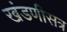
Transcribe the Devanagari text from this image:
खंडणीसत्र